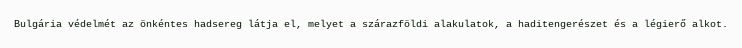
Bulgária védelmét az önkéntes hadsereg látja el, melyet a szárazföldi alakulatok, a haditengerészet és a légierő alkot.